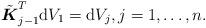
LaTeX: \begin{align*} \tilde{\boldsymbol{K}}_{j-1}^T\mathrm{d} V_1= \mathrm{d} V_{j},j=1,\ldots, n .\end{align*}